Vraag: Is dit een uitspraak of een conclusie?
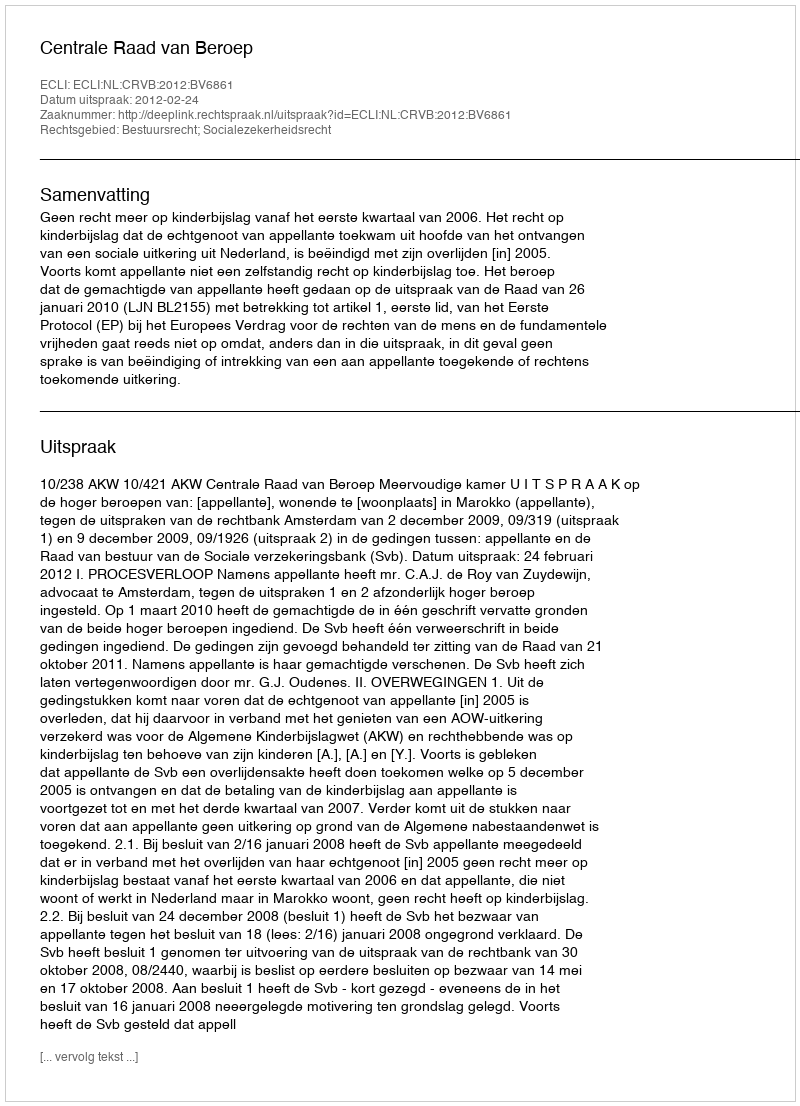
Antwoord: Uitspraak